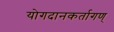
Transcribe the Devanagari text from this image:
योगदानकर्तागण्